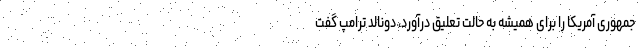
جمهوری آمریکا را برای همیشه به حالت تعلیق درآورد، دونالد ترامپ گفت